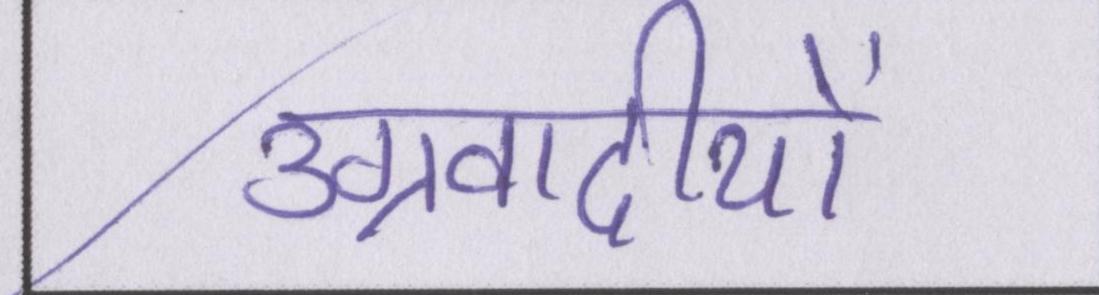
उग्रवादीयों